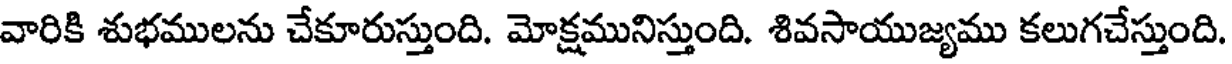
వారికి శుభములను చేకూరుస్తుంది. మోక్షమునిస్తుంది. శివసాయుజ్యము కలుగచేస్తుంది.